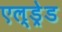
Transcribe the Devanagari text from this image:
एल्ड्रेड